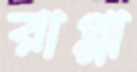
রাপ্পা